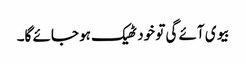
بیوی آئے گی تو خود ٹھیک ہو جائے گا۔